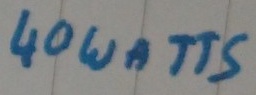
Text: 40 WATTS